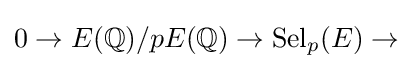
0\rightarrow E(\mathbb {Q} )/pE(\mathbb {Q} )\rightarrow \operatorname {Sel} _{p}(E)\rightarrow